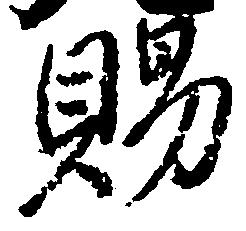
賜